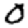
Digit: 0